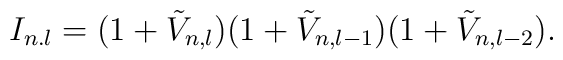
I_{n.l}=(1+\tilde{V}_{n,l})(1+\tilde{V}_{n,l-1})(1+\tilde{V}_{n,l-2}).